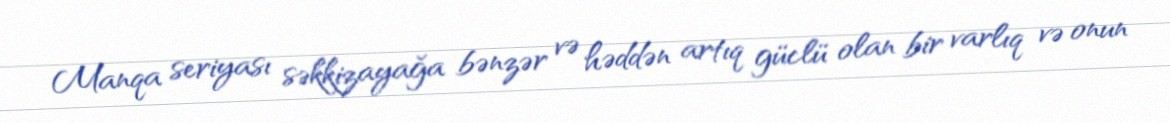
Manqa seriyası səkkizayağa bənzər və həddən artıq güclü olan bir varlıq və onun